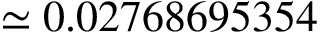
\simeq 0 . 0 2 7 6 8 6 9 5 3 5 4